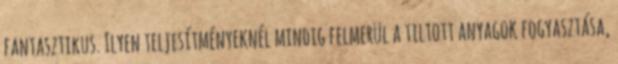
fantasztikus. Ilyen teljesítményeknél mindig felmerül a tiltott anyagok fogyasztása,